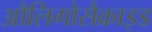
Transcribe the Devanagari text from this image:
औलिगोसैक्राइड